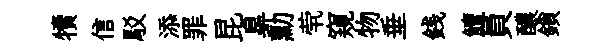
犢信駁添罪昆臯勳茕窺物垂銭鱣員醲鎖